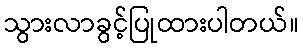
သွားလာခွင့်ပြုထားပါတယ်။